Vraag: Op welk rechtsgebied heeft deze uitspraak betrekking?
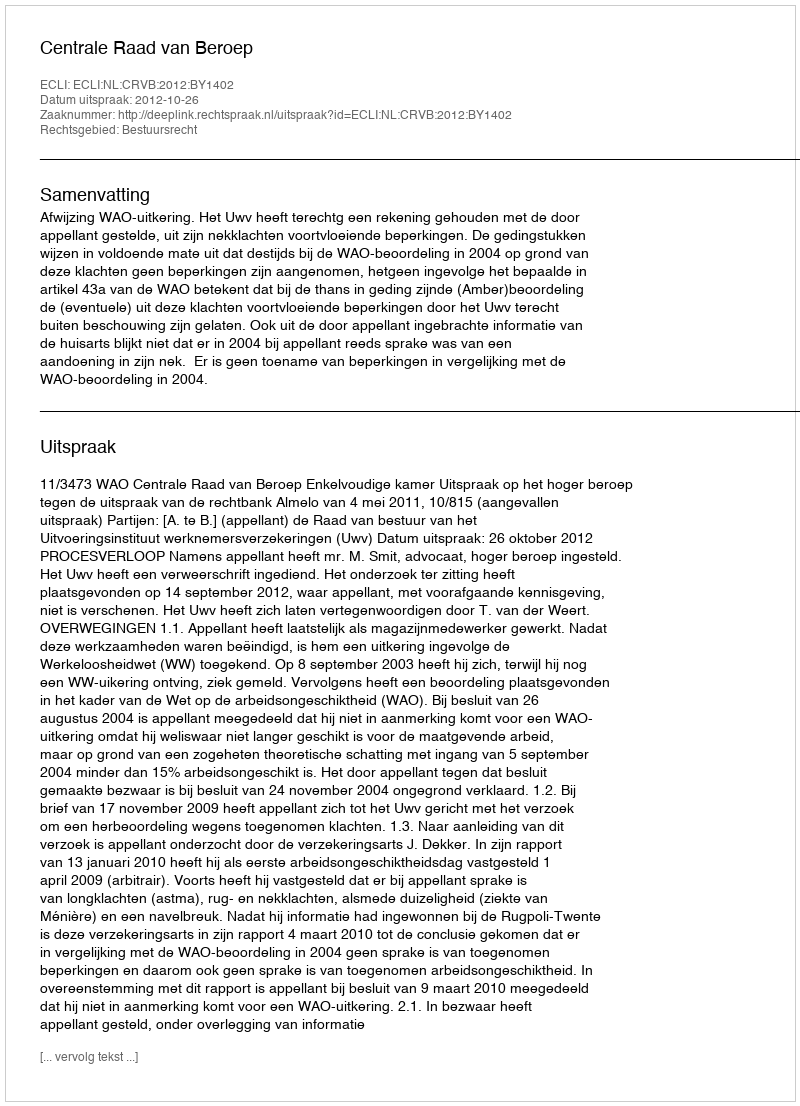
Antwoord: Bestuursrecht